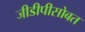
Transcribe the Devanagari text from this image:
जीडीपीसोबत